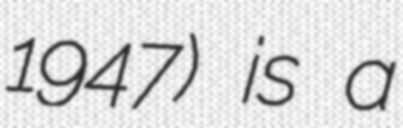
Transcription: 1947) is a